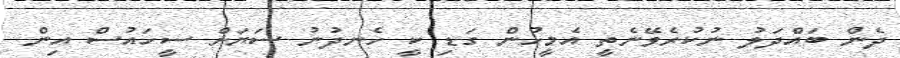
ދެން ބައްދަލު ނުކުރެވޭނެތީ އެމީހުން ގަޑި ކީ ހެނދުނު ސަޔަށް ސީހައުސް އިން